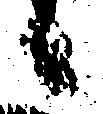
候